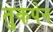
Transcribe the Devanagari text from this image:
तुकपेन